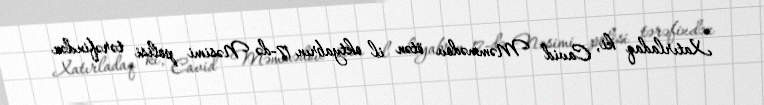
Xatırladaq ki, Cavid Məmmədov ötən il oktyabrın 17-də Nəsimi polisi tərəfindən